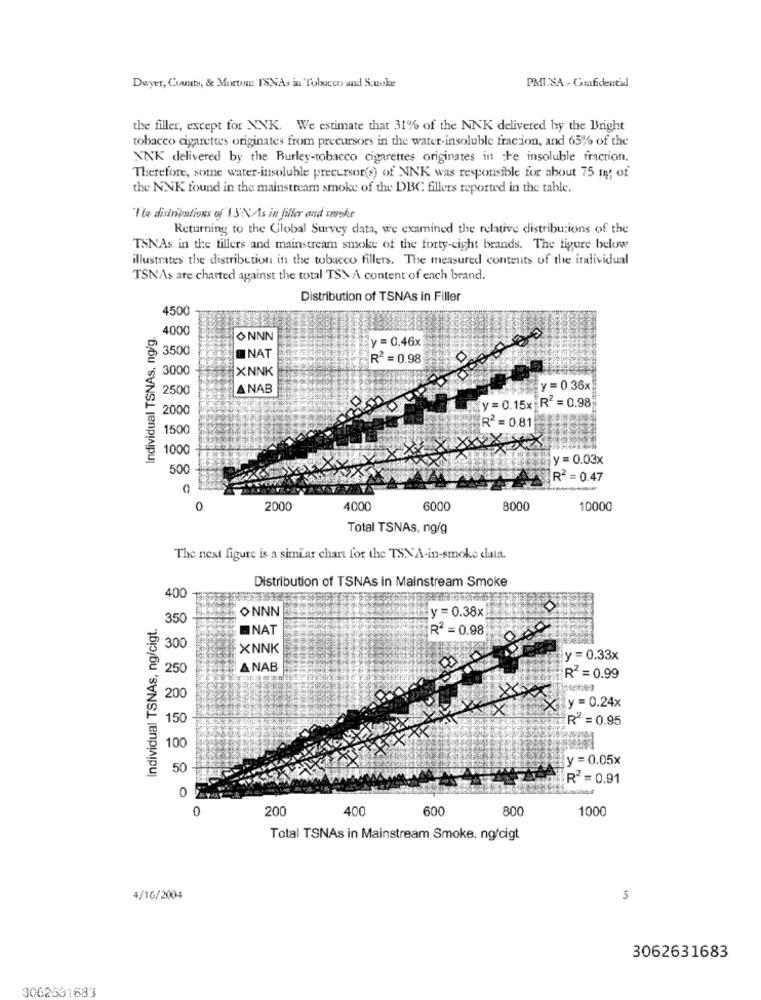
PMUSA - Confidential
Dwyer, County, & Mortos: 'ISNAs in Tobacco and Suoke
the filler, except for NNK. We estimate that 31% of the NNK delivered by the Bright
tobacco cigarettes originates from precursors in the water-insoluble fracion, and 65% of the
ANK delivered by the Burley-tobacco cigarettes originates in che insoluble fraction.
Therefore, some water-insoluble precursor's) of NNK was responsible for about 75 1; of
the NNK found in the mainstream smoke of the DBC fillers reported in the table.
"'ta disinibutions of 1.5'N As in filler and smoke
Returning to the Global Survey data, we examined the relative distributions of the
TSNAs in the tillers and mainstream smoke of the forty-eight brands. The figure below
illustrates the distribution in the tobacco fillers. The measured contents of the individual
TSNAs are charted against the total TSM A content of each brand.
Distribution of TSNAs in Filler
4500
Individual TSNAs, ng/g.
4000
ONNN
y = 0.46x
3500
ONAT
R2 = 0.98
300
XNNK
2500
ANAB
y = 0.36x
fy = 0.15x R = 0.98
2000
R2 = 0.81!
1500
1000
y = 0.03x
500
R2 = 0.47
2000
4000
6000
8000
10000
Total TSNAs, ng/g
The next figure is a similar chart for the TSN'A-in-smoke data.
Distribution of TSNAs in Mainstream Smoke
400
ONNN
y = 0.38x
Individual TSNAs, ng/cigt.
350
ONAT
R2 = 0.98
300
XNNK
y =0.33x
250
ANAB
R2 = 0.99
200
y = 0.24x
150
R = 0.95
100
y = 0.05x
50
R2 = 0.91
0
0
200
400
600
800
1000
Total TSNAs in Mainstream Smoke, ng/cigt
4/16/2004
5
3062631683
3062531683